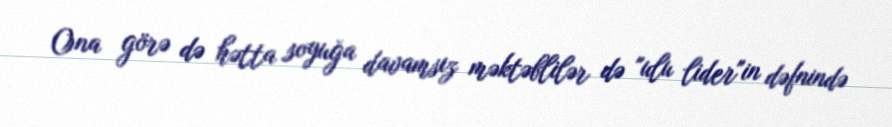
Ona görə də hətta soyuğa davamsız məktəblilər də "ulu lider"in dəfnində